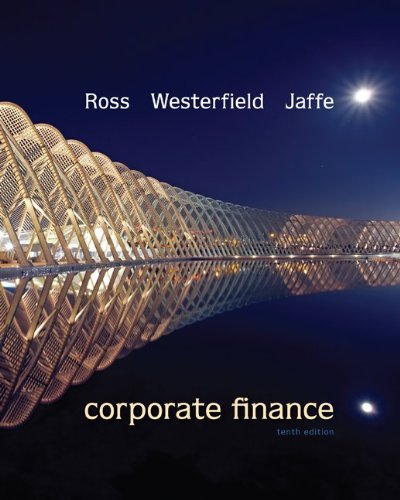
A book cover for Loose Leaf Corporate Finance with Connect Access Card; Stephen Ross; Business & Money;